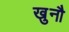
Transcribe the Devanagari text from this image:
खुनौ